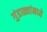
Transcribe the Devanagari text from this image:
गुंडाळ्यांमध्ये